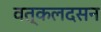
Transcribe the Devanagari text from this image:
वत्कलदसन